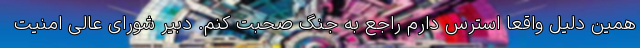
همین دلیل واقعا استرس دارم راجع به جنگ صحبت کنم. دبیر شورای عالی امنیت